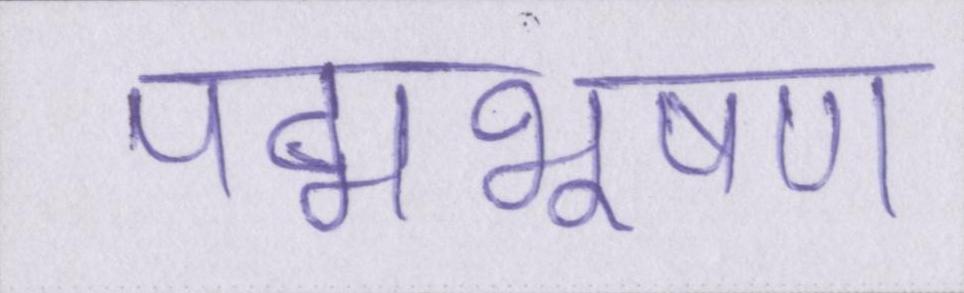
पद्मभूषण